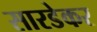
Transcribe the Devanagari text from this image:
सारडेकर